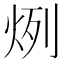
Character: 𤈘